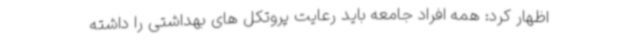
اظهار کرد: همه افراد جامعه باید رعایت پروتکل های بهداشتی را داشته